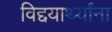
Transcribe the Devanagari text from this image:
विद्दयार्थ्यांना